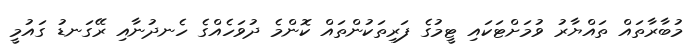
މުބާރާތައް ތައްޔާރު ވުމަށްޓަކައި ޓީމުގެ ފަރިތަކުންތައް ކޮންމެ ދުވަހެއްގެ ހެނދުނާއި ރޭގަނޑު ގައުމީ